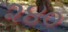
૨૪૦